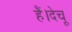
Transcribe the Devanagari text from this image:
हैं।देचू